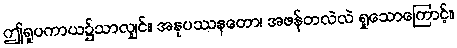
ဤရူပကာယ၌သာလျှင်။ အနုပဿနတော၊ အဖန်တလဲလဲ ရှုသောကြောင့်။